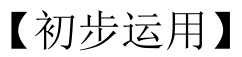
【初步运用】